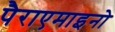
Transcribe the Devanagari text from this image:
पैराएमाइनो